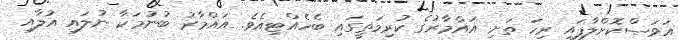
އަވަސްކޮށްލާފައި ރިހަ ތަށި އައްމާރުގެ ކުރިމަތީގައި ބެހެއްޓިއެވެ. އައްމާރު ބުނުމަކާ ނުލައި އުލާއި